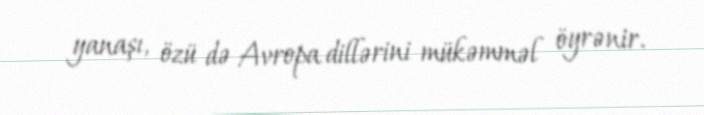
yanaşı, özü də Avropa dillərini mükəmməl öyrənir.